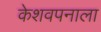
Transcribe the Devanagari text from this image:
केशवपनाला